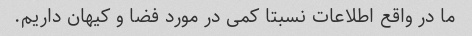
ما در واقع اطلاعات نسبتا کمی در مورد فضا و کیهان داریم.